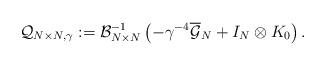
LaTeX: \begin{align*}\mathcal Q_{N\times N,\gamma}:=\mathcal B_{N\times N}^{-1}\left(-\gamma^{-4}\overline{\mathcal{G}}_N + I_N \otimes K_0 \right).\end{align*}